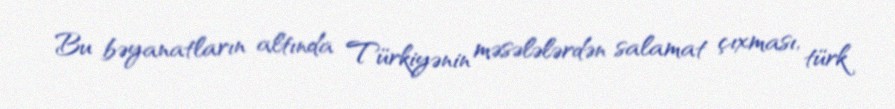
Bu bəyanatların altında Türkiyənin məsələlərdən salamat çıxması, türk